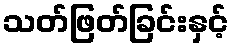
သတ်ဖြတ်ခြင်းနှင့်